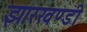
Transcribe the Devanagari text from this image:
झारखण्‍डी